Medical and sanitary report of the native army of Madras for the year
Year: 1872
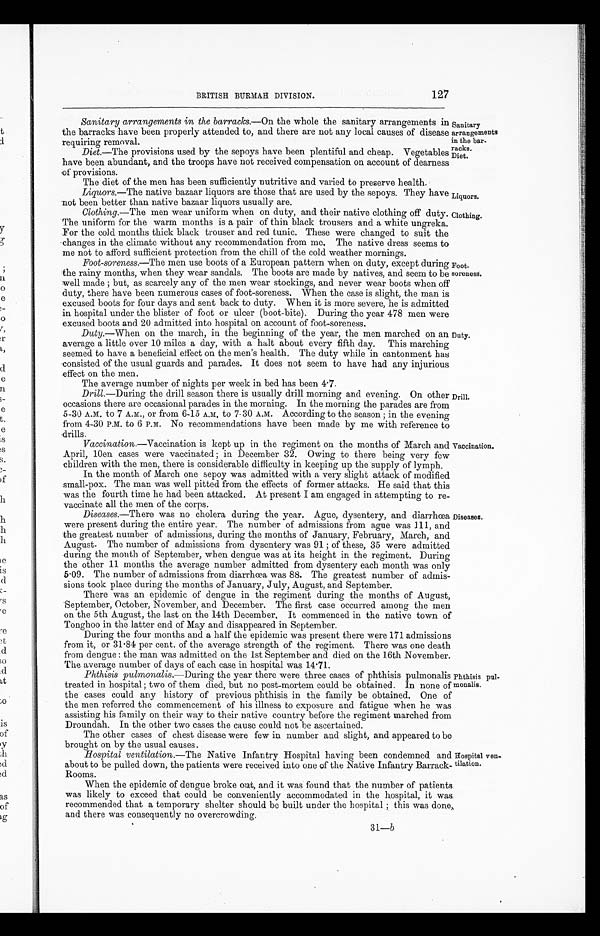
Sanitary
arrangements
in the bar
-racks.
Diet.
Liquors.
Clothing.
127
BRITISH BURMAH DIVISION.
Sanitary arrangements in the barracks. —On the whole the sanitary arrangements in
the barracks have been properly attended to, and there are not any local causes of disease
requiring removal.
Diet.—The provisions used by the sepoys have been plentiful and cheap. Vegetables
have been abundant, and the troops have not received compensation on account of dearness
of provisions.
The diet of the men has been sufficiently nutritive and varied to preserve health.
Liquors.—The native bazaar liquors are those that are used by the sepoys. They have
not been better than native bazaar liquors usually are.
Clothing.—The men wear uniform when on duty, and their native clothing off duty.
The uniform for the warm months is a pair of thin black trousers and a white ungreka.
For the cold months thick black trouser and red tunic. These were changed to suit the
changes in the climate without any recommendation from me. The native dress seems to
me not to afford sufficient protection from the chill of the cold weather mornings.
Foot-soreness.—The men use boots of a European pattern when on duty, except during
the rainy months, when they wear sandals. The boots are made by natives, and seem to be
well made; but, as scarcely any of the men wear stockings, and never wear boots when off
duty, there have been numerous cases of foot-soreness. When the case is slight, the man is
excused boots for four days and sent back to duty. When it is more severe, he is admitted
in hospital under the blister of foot or ulcer (boot-bite). During the year 478 men were
excused boots and 20 admitted into hospital on account of foot-soreness.
Duty.—When on the march, in the beginning of the year, the men marched on an
average a little over 10 miles a day, with a halt about every fifth day. This marching
seemed to have a beneficial effect on the men's health. The duty while in cantonment has
consisted of the usual guards and parades. It does not seem to have had any injurious
effect on the men.
Foot
-soreness.
Duty.
The average number of nights per week in bed has been 4.7.
Drill .—During the drill season there is usually drill morning and evening. On other
occasions there are occasional parades in the morning. In the morning the parades are from
5-30 A.M. to 7 A.M., or from 6-15 A.M. to 7-30 A.M. According to the season; in the evening
from 4-30 P.M. to 6 P.M. No recommendations have been made by me with reference to
drills.
Vaccination.—Vaccination is kept up in the regiment on the months of March and
April, 10en cases were vaccinated; in December 32. Owing to there being very few
children with the men, there is considerable difficulty in keeping up the supply of lymph.
In the month of March one sepoy was admitted with a very slight attack of modified
small-pox. The man was well pitted from the effects of former attacks. He said that this
was the fourth time he had been attacked. At present I am engaged in attempting to re
-vaccinate all the men of the corps.
Drill.
Vaccination.
Diseases.—There was no cholera during the year. Ague, dysentery, and diarrhœa
were present during the entire year. The number of admissions from ague was 111, and
the greatest number of admissions, during the months of January, February, March, and
August. The number of admissions from dysentery was 91; of these, 35 were admitted
during the month of September, when dengue was at its height in the regiment. During
the other 11 months the average number admitted from dysentery each month was only
5.09. The number of admissions from diarrhœa was 88. The greatest number of admis
-sions took place during the months of January, July, August, and September.
There was an epidemic of dengue in the regiment during the months of August,
September, October, November, and December. The first case occurred among the men
on the 5th August, the last on the 14th December. It commenced in the native town of
Tonghoo in the latter end of May and disappeared in September.
During the four months and a half the epidemic was present there were 171 admissions
from it, or 31.84 per cent. of the average strength of the regiment. There was one death
from dengue: the man was admitted on the 1st September and died on the 16th November.
The average number of days of each case in hospital was 14.71.
Phthisis pulmonalis .—During the year there were three cases of phthisis pulmonalis
treated in hospital; two of them died, but no post-mortem could be obtained. In none of
the cases could any history of previous phthisis in the family be obtained. One of
the men referred the commencement of his illness to exposure and fatigue when he was
assisting his family on their way to their native country before the regiment marched from
Droundah. In the other two cases the cause could not be ascertained.
Diseases.
Phthisis pul
-monalis.
The other cases of chest disease were few in number and slight, and appeared to be
brought on by the usual causes.
Hospital ventilation. —The Native Infantry Hospital having been condemned and
about to be pulled down, the patients were received into one of the Native Infantry Barrack
-Rooms.
When the epidemic of dengue broke out, and it was found that the number of patients
was likely to exceed that could be conveniently accommodated in the hospital, it was
recommended that a temporary shelter should be built under the hospital; this was done
and there was consequently no overcrowding.
Hospital ven
- tilation.
31—b